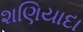
શણિયાદા